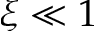
\xi \ll 1